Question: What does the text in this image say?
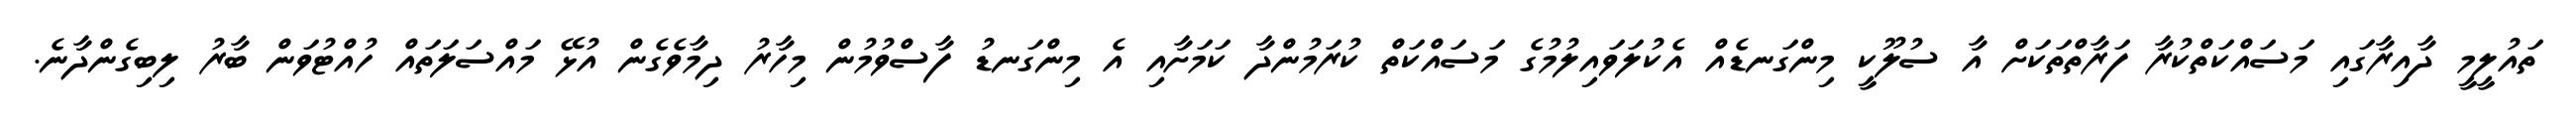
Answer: ތައުލީމީ ދާއިރާގައި މަސައްކަތްކުރާ ފަރާތްތަކަށް އާ ސުލޫކީ މިންގަނޑެއް އެކުލަވައިލުމުގެ މަސައްކަތް ކުރަމުންދާ ކަމަށާއި އެ މިންގަނޑު ފާސްވުމުން މިހާރު ދިމާވެގެން އުޅޭ މައްސަލަތައް ހުއްޓުވަން ބާރު ލިބިގެންދާނެ.